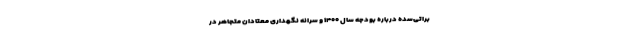
براتی‌سده درباره بودجه سال ۱۴۰۰ و سرانه نگهداری معتادان متجاهر در